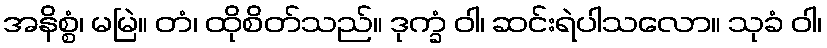
အနိစ္စံ၊ မမြဲ။ တံ၊ ထိုစိတ်သည်။ ဒုက္ခံ ဝါ၊ ဆင်းရဲပါသလော။ သုခံ ဝါ၊